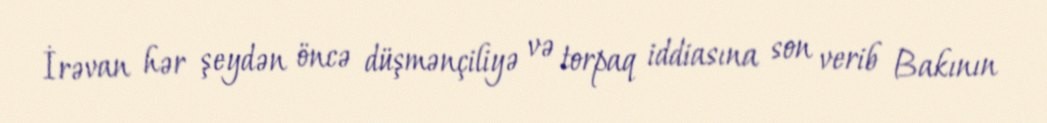
İrəvan hər şeydən öncə düşmənçiliyə və torpaq iddiasına son verib Bakının